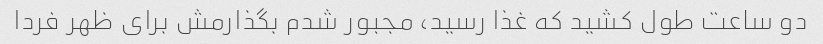
دو ساعت طول کشید که غذا رسید، مجبور شدم بگذارمش برای ظهر فردا